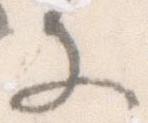
文